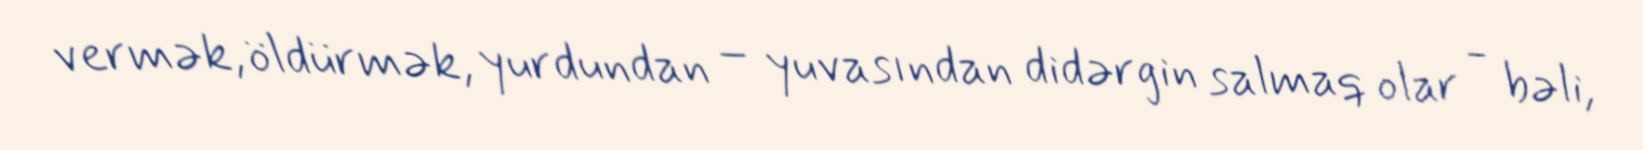
vermək, öldürmək, yurdundan – yuvasından didərgin salmaq olar - bəli,